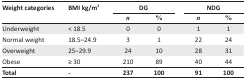
| Weight categories | BMI kg/m2 | <COLSPAN=2> DG | <COLSPAN=2> NDG |
 |  |  | n | % | n | % |
 | --- | --- | --- | --- | --- | --- |
 | Underweight | < 18.5 | 0 | 0 | 1 | 1 |
 | Normal weight | 18.5–24.9 | 3 | 1 | 22 | 24 |
 | Overweight | 25–29.9 | 24 | 10 | 28 | 31 |
 | Obese | ≥ 30 | 210 | 89 | 40 | 44 |
 | Total | - | 237 | 100 | 91 | 100 |